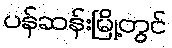
ပန်ဆန်းမြို့တွင်